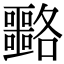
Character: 𡅡